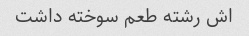
اش رشته طعم سوخته داشت